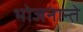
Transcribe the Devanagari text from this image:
भोजनान्ते